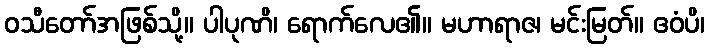
ဝသီတော်အဖြစ်သို့။ ပါပုဏိ၊ ရောက်လေ၏။ မဟာရာဇ၊ မင်းမြတ်။ ဧဝံပိ၊